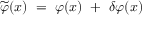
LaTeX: \widetilde \varphi ( x ) ~ = ~ \varphi ( x ) ~ + ~ \delta \varphi ( x )